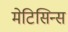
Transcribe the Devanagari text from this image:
मेटिसिन्स